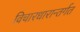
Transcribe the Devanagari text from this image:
विचारधारान्तर्गत